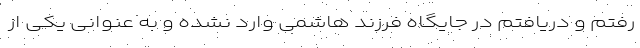
رفتم و دریافتم در جایگاه فرزند هاشمی وارد نشده و به عنوانی یکی از